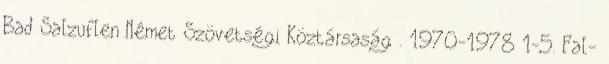
Bad Salzuflen Német Szövetségi Köztársaság . 1970-1978 1-5. Fal-